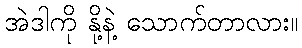
အဲဒါကို နို့နဲ့ သောက်တာလား။